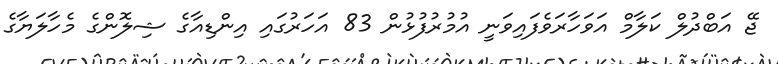
ޖޭ އަބްދުލް ކަލާމް އަވަހާރަވެފައިވަނީ އުމުރުފުޅުން 83 އަހަރުގައި އިންޑިއާގެ ޝިލޮންގެ މެހާލަޔާގެ